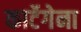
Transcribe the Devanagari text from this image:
कार्टेगेना